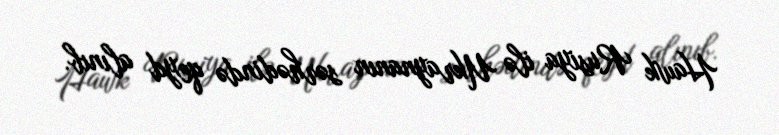
Hawk Rusiya ilə Ukraynanın sərhədində qeyd alınıb.